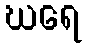
ဃရေ